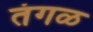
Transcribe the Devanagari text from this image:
तंगळ